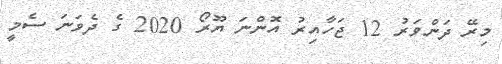
މިރޭ ދަންވަރު 12 ޖަހާއިރު އޮންނަ ޔޫރޯ 2020 ގެ ދެވަނަ ސެމީ